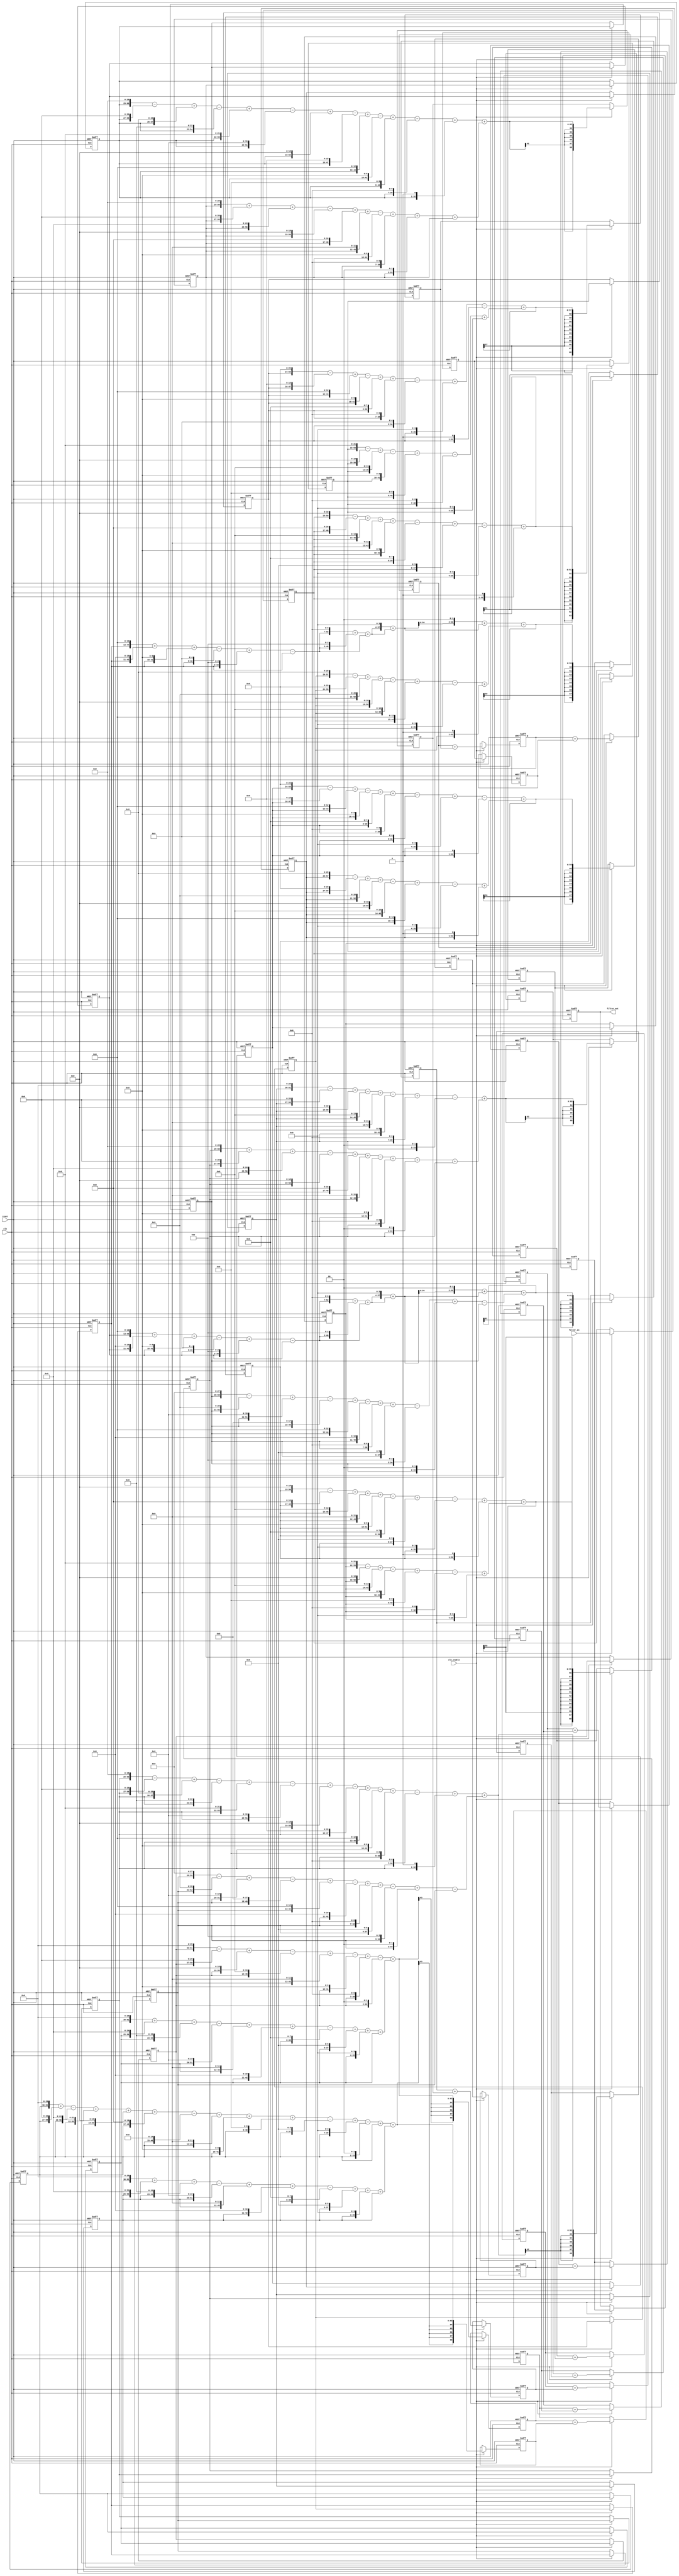
// -------------------------------------------------------------
//
// Module: fir_20_32b_fcsd
// Generated by MATLAB(R) 9.12 and Filter Design HDL Coder 3.1.11.
// Generated on: 2023-06-21 23:54:01
// -------------------------------------------------------------

// -------------------------------------------------------------
// HDL Code Generation Options:
//
// CoeffMultipliers: Factored-CSD
// FIRAdderStyle: tree
// OptimizeForHDL: on
// TargetDirectory: W:\Nikos\UTh\ \Project\FIR_20_Order\factored_csd\32b_floating_point
// AddPipelineRegisters: on
// Name: fir_20_32b_fcsd
// InputDataType: numerictype(1,32,0)
// TargetLanguage: Verilog
// TestBenchName: fir_20_32b_fcsd_tb
// TestBenchStimulus: impulse step ramp chirp noise 

// Filter Specifications:
//
// Sample Rate     : 46 kHz
// Response        : Lowpass
// Specification   : N,Fp,Fst,Ap
// Stopband Edge   : 9.6 kHz
// Filter Order    : 20
// Passband Edge   : 8 kHz
// Passband Ripple : 60 dB
// -------------------------------------------------------------

// -------------------------------------------------------------
// HDL Implementation    : Fully parallel
// Folding Factor        : 1
// -------------------------------------------------------------
// Filter Settings:
//
// Discrete-Time FIR Filter (real)
// -------------------------------
// Filter Structure  : Direct-Form FIR
// Filter Length     : 21
// Stable            : Yes
// Linear Phase      : Yes (Type 1)
// Arithmetic        : fixed
// Numerator         : s32,32 -> [-5.000000e-01 5.000000e-01)
// -------------------------------------------------------------




`timescale 1 ns / 1 ns

module fir_20_32b_fcsd
               (
                clk,
                clk_enable,
                reset,
                filter_in,
                filter_out
                );

  input   clk; 
  input   clk_enable; 
  input   reset; 
  input   signed [31:0] filter_in; //sfix32
  output  signed [68:0] filter_out; //sfix69_En32

////////////////////////////////////////////////////////////////
//Module Architecture: fir_20_32b_fcsd
////////////////////////////////////////////////////////////////
  // Local Functions
  // Type Definitions
  // Constants
  parameter signed [31:0] coeff1 = 32'h00065332; //sfix32_En32
  parameter signed [31:0] coeff2 = 32'h00383D90; //sfix32_En32
  parameter signed [31:0] coeff3 = 32'h00FF1D6E; //sfix32_En32
  parameter signed [31:0] coeff4 = 32'h0327DFF2; //sfix32_En32
  parameter signed [31:0] coeff5 = 32'h07CD0ACB; //sfix32_En32
  parameter signed [31:0] coeff6 = 32'h0FEC18BB; //sfix32_En32
  parameter signed [31:0] coeff7 = 32'h1BB71D82; //sfix32_En32
  parameter signed [31:0] coeff8 = 32'h29FA0C85; //sfix32_En32
  parameter signed [31:0] coeff9 = 32'h3807CC7C; //sfix32_En32
  parameter signed [31:0] coeff10 = 32'h42701751; //sfix32_En32
  parameter signed [31:0] coeff11 = 32'h464995CD; //sfix32_En32
  parameter signed [31:0] coeff12 = 32'h42701751; //sfix32_En32
  parameter signed [31:0] coeff13 = 32'h3807CC7C; //sfix32_En32
  parameter signed [31:0] coeff14 = 32'h29FA0C85; //sfix32_En32
  parameter signed [31:0] coeff15 = 32'h1BB71D82; //sfix32_En32
  parameter signed [31:0] coeff16 = 32'h0FEC18BB; //sfix32_En32
  parameter signed [31:0] coeff17 = 32'h07CD0ACB; //sfix32_En32
  parameter signed [31:0] coeff18 = 32'h0327DFF2; //sfix32_En32
  parameter signed [31:0] coeff19 = 32'h00FF1D6E; //sfix32_En32
  parameter signed [31:0] coeff20 = 32'h00383D90; //sfix32_En32
  parameter signed [31:0] coeff21 = 32'h00065332; //sfix32_En32

  // Signals
  reg  signed [31:0] delay_pipeline [0:20] ; // sfix32
  wire signed [63:0] product21; // sfix64_En32
  wire signed [51:0] mulcsd_temp; // sfix52_En32
  wire signed [63:0] product20; // sfix64_En32
  wire signed [54:0] mulcsd_temp_1; // sfix55_En32
  wire signed [63:0] product19; // sfix64_En32
  wire signed [56:0] mulcsd_temp_2; // sfix57_En32
  wire signed [63:0] product18; // sfix64_En32
  wire signed [58:0] mulcsd_temp_3; // sfix59_En32
  wire signed [63:0] product17; // sfix64_En32
  wire signed [45:0] factoredcsd_temp; // sfix46_En14
  wire signed [45:0] mulcsd_temp_4; // sfix46_En14
  wire signed [53:0] factoredcsd_temp_1; // sfix54_En22
  wire signed [53:0] mulcsd_temp_5; // sfix54_En22
  wire signed [58:0] factoredcsd_temp_2; // sfix59_En27
  wire signed [58:0] mulcsd_temp_6; // sfix59_En27
  wire signed [58:0] factoredcsd_temp_3; // sfix59_En30
  wire signed [61:0] mulcsd_temp_7; // sfix62_En30
  wire signed [58:0] factoredcsd_temp_4; // sfix59_En32
  wire signed [63:0] product16; // sfix64_En32
  wire signed [60:0] mulcsd_temp_8; // sfix61_En32
  wire signed [63:0] product15; // sfix64_En32
  wire signed [61:0] mulcsd_temp_9; // sfix62_En32
  wire signed [63:0] product14; // sfix64_En32
  wire signed [61:0] mulcsd_temp_10; // sfix62_En32
  wire signed [63:0] product13; // sfix64_En32
  wire signed [62:0] mulcsd_temp_11; // sfix63_En32
  wire signed [63:0] product12; // sfix64_En32
  wire signed [62:0] mulcsd_temp_12; // sfix63_En32
  wire signed [63:0] product11; // sfix64_En32
  wire signed [62:0] mulcsd_temp_13; // sfix63_En32
  wire signed [63:0] product10; // sfix64_En32
  wire signed [62:0] mulcsd_temp_14; // sfix63_En32
  wire signed [63:0] product9; // sfix64_En32
  wire signed [62:0] mulcsd_temp_15; // sfix63_En32
  wire signed [63:0] product8; // sfix64_En32
  wire signed [61:0] mulcsd_temp_16; // sfix62_En32
  wire signed [63:0] product7; // sfix64_En32
  wire signed [61:0] mulcsd_temp_17; // sfix62_En32
  wire signed [63:0] product6; // sfix64_En32
  wire signed [60:0] mulcsd_temp_18; // sfix61_En32
  wire signed [63:0] product5; // sfix64_En32
  wire signed [45:0] factoredcsd_temp_5; // sfix46_En14
  wire signed [45:0] mulcsd_temp_19; // sfix46_En14
  wire signed [53:0] factoredcsd_temp_6; // sfix54_En22
  wire signed [53:0] mulcsd_temp_20; // sfix54_En22
  wire signed [58:0] factoredcsd_temp_7; // sfix59_En27
  wire signed [58:0] mulcsd_temp_21; // sfix59_En27
  wire signed [58:0] factoredcsd_temp_8; // sfix59_En30
  wire signed [61:0] mulcsd_temp_22; // sfix62_En30
  wire signed [58:0] factoredcsd_temp_9; // sfix59_En32
  wire signed [63:0] product4; // sfix64_En32
  wire signed [58:0] mulcsd_temp_23; // sfix59_En32
  wire signed [63:0] product3; // sfix64_En32
  wire signed [56:0] mulcsd_temp_24; // sfix57_En32
  wire signed [63:0] product2; // sfix64_En32
  wire signed [54:0] mulcsd_temp_25; // sfix55_En32
  wire signed [63:0] product1; // sfix64_En32
  wire signed [51:0] mulcsd_temp_26; // sfix52_En32
  wire signed [68:0] sum_final; // sfix69_En32
  wire signed [68:0] sum1_1; // sfix69_En32
  wire signed [63:0] add_signext; // sfix64_En32
  wire signed [63:0] add_signext_1; // sfix64_En32
  wire signed [64:0] add_temp; // sfix65_En32
  reg  signed [68:0] sumpipe1_1; // sfix69_En32
  wire signed [68:0] sum1_2; // sfix69_En32
  wire signed [63:0] add_signext_2; // sfix64_En32
  wire signed [63:0] add_signext_3; // sfix64_En32
  wire signed [64:0] add_temp_1; // sfix65_En32
  reg  signed [68:0] sumpipe1_2; // sfix69_En32
  wire signed [68:0] sum1_3; // sfix69_En32
  wire signed [63:0] add_signext_4; // sfix64_En32
  wire signed [63:0] add_signext_5; // sfix64_En32
  wire signed [64:0] add_temp_2; // sfix65_En32
  reg  signed [68:0] sumpipe1_3; // sfix69_En32
  wire signed [68:0] sum1_4; // sfix69_En32
  wire signed [63:0] add_signext_6; // sfix64_En32
  wire signed [63:0] add_signext_7; // sfix64_En32
  wire signed [64:0] add_temp_3; // sfix65_En32
  reg  signed [68:0] sumpipe1_4; // sfix69_En32
  wire signed [68:0] sum1_5; // sfix69_En32
  wire signed [63:0] add_signext_8; // sfix64_En32
  wire signed [63:0] add_signext_9; // sfix64_En32
  wire signed [64:0] add_temp_4; // sfix65_En32
  reg  signed [68:0] sumpipe1_5; // sfix69_En32
  wire signed [68:0] sum1_6; // sfix69_En32
  wire signed [63:0] add_signext_10; // sfix64_En32
  wire signed [63:0] add_signext_11; // sfix64_En32
  wire signed [64:0] add_temp_5; // sfix65_En32
  reg  signed [68:0] sumpipe1_6; // sfix69_En32
  wire signed [68:0] sum1_7; // sfix69_En32
  wire signed [63:0] add_signext_12; // sfix64_En32
  wire signed [63:0] add_signext_13; // sfix64_En32
  wire signed [64:0] add_temp_6; // sfix65_En32
  reg  signed [68:0] sumpipe1_7; // sfix69_En32
  wire signed [68:0] sum1_8; // sfix69_En32
  wire signed [63:0] add_signext_14; // sfix64_En32
  wire signed [63:0] add_signext_15; // sfix64_En32
  wire signed [64:0] add_temp_7; // sfix65_En32
  reg  signed [68:0] sumpipe1_8; // sfix69_En32
  wire signed [68:0] sum1_9; // sfix69_En32
  wire signed [63:0] add_signext_16; // sfix64_En32
  wire signed [63:0] add_signext_17; // sfix64_En32
  wire signed [64:0] add_temp_8; // sfix65_En32
  reg  signed [68:0] sumpipe1_9; // sfix69_En32
  wire signed [68:0] sum1_10; // sfix69_En32
  wire signed [63:0] add_signext_18; // sfix64_En32
  wire signed [63:0] add_signext_19; // sfix64_En32
  wire signed [64:0] add_temp_9; // sfix65_En32
  reg  signed [68:0] sumpipe1_10; // sfix69_En32
  reg  signed [63:0] sumpipe1_11; // sfix64_En32
  wire signed [68:0] sum2_1; // sfix69_En32
  wire signed [68:0] add_signext_20; // sfix69_En32
  wire signed [68:0] add_signext_21; // sfix69_En32
  wire signed [69:0] add_temp_10; // sfix70_En32
  reg  signed [68:0] sumpipe2_1; // sfix69_En32
  wire signed [68:0] sum2_2; // sfix69_En32
  wire signed [68:0] add_signext_22; // sfix69_En32
  wire signed [68:0] add_signext_23; // sfix69_En32
  wire signed [69:0] add_temp_11; // sfix70_En32
  reg  signed [68:0] sumpipe2_2; // sfix69_En32
  wire signed [68:0] sum2_3; // sfix69_En32
  wire signed [68:0] add_signext_24; // sfix69_En32
  wire signed [68:0] add_signext_25; // sfix69_En32
  wire signed [69:0] add_temp_12; // sfix70_En32
  reg  signed [68:0] sumpipe2_3; // sfix69_En32
  wire signed [68:0] sum2_4; // sfix69_En32
  wire signed [68:0] add_signext_26; // sfix69_En32
  wire signed [68:0] add_signext_27; // sfix69_En32
  wire signed [69:0] add_temp_13; // sfix70_En32
  reg  signed [68:0] sumpipe2_4; // sfix69_En32
  wire signed [68:0] sum2_5; // sfix69_En32
  wire signed [68:0] add_signext_28; // sfix69_En32
  wire signed [68:0] add_signext_29; // sfix69_En32
  wire signed [69:0] add_temp_14; // sfix70_En32
  reg  signed [68:0] sumpipe2_5; // sfix69_En32
  reg  signed [63:0] sumpipe2_6; // sfix64_En32
  wire signed [68:0] sum3_1; // sfix69_En32
  wire signed [68:0] add_signext_30; // sfix69_En32
  wire signed [68:0] add_signext_31; // sfix69_En32
  wire signed [69:0] add_temp_15; // sfix70_En32
  reg  signed [68:0] sumpipe3_1; // sfix69_En32
  wire signed [68:0] sum3_2; // sfix69_En32
  wire signed [68:0] add_signext_32; // sfix69_En32
  wire signed [68:0] add_signext_33; // sfix69_En32
  wire signed [69:0] add_temp_16; // sfix70_En32
  reg  signed [68:0] sumpipe3_2; // sfix69_En32
  wire signed [68:0] sum3_3; // sfix69_En32
  wire signed [68:0] add_signext_34; // sfix69_En32
  wire signed [68:0] add_signext_35; // sfix69_En32
  wire signed [69:0] add_temp_17; // sfix70_En32
  reg  signed [68:0] sumpipe3_3; // sfix69_En32
  wire signed [68:0] sum4_1; // sfix69_En32
  wire signed [68:0] add_signext_36; // sfix69_En32
  wire signed [68:0] add_signext_37; // sfix69_En32
  wire signed [69:0] add_temp_18; // sfix70_En32
  reg  signed [68:0] sumpipe4_1; // sfix69_En32
  reg  signed [68:0] sumpipe4_2; // sfix69_En32
  wire signed [68:0] sum5_1; // sfix69_En32
  wire signed [68:0] add_signext_38; // sfix69_En32
  wire signed [68:0] add_signext_39; // sfix69_En32
  wire signed [69:0] add_temp_19; // sfix70_En32
  reg  signed [68:0] sumpipe5_1; // sfix69_En32
  reg  signed [68:0] output_register; // sfix69_En32

  // Block Statements
  always @( posedge clk or posedge reset)
    begin: Delay_Pipeline_process
      if (reset == 1'b1) begin
        delay_pipeline[0] <= 0;
        delay_pipeline[1] <= 0;
        delay_pipeline[2] <= 0;
        delay_pipeline[3] <= 0;
        delay_pipeline[4] <= 0;
        delay_pipeline[5] <= 0;
        delay_pipeline[6] <= 0;
        delay_pipeline[7] <= 0;
        delay_pipeline[8] <= 0;
        delay_pipeline[9] <= 0;
        delay_pipeline[10] <= 0;
        delay_pipeline[11] <= 0;
        delay_pipeline[12] <= 0;
        delay_pipeline[13] <= 0;
        delay_pipeline[14] <= 0;
        delay_pipeline[15] <= 0;
        delay_pipeline[16] <= 0;
        delay_pipeline[17] <= 0;
        delay_pipeline[18] <= 0;
        delay_pipeline[19] <= 0;
        delay_pipeline[20] <= 0;
      end
      else begin
        if (clk_enable == 1'b1) begin
          delay_pipeline[0] <= filter_in;
          delay_pipeline[1] <= delay_pipeline[0];
          delay_pipeline[2] <= delay_pipeline[1];
          delay_pipeline[3] <= delay_pipeline[2];
          delay_pipeline[4] <= delay_pipeline[3];
          delay_pipeline[5] <= delay_pipeline[4];
          delay_pipeline[6] <= delay_pipeline[5];
          delay_pipeline[7] <= delay_pipeline[6];
          delay_pipeline[8] <= delay_pipeline[7];
          delay_pipeline[9] <= delay_pipeline[8];
          delay_pipeline[10] <= delay_pipeline[9];
          delay_pipeline[11] <= delay_pipeline[10];
          delay_pipeline[12] <= delay_pipeline[11];
          delay_pipeline[13] <= delay_pipeline[12];
          delay_pipeline[14] <= delay_pipeline[13];
          delay_pipeline[15] <= delay_pipeline[14];
          delay_pipeline[16] <= delay_pipeline[15];
          delay_pipeline[17] <= delay_pipeline[16];
          delay_pipeline[18] <= delay_pipeline[17];
          delay_pipeline[19] <= delay_pipeline[18];
          delay_pipeline[20] <= delay_pipeline[19];
        end
      end
    end // Delay_Pipeline_process


// For FCSD of 414514, optimizing to CSD due to lower cost
  assign mulcsd_temp = 
        $signed({delay_pipeline[20], 19'b0000000000000000000}) -
        $signed({delay_pipeline[20], 17'b00000000000000000}) +
        $signed({delay_pipeline[20], 14'b00000000000000}) +
        $signed({delay_pipeline[20], 12'b000000000000}) +
        $signed({delay_pipeline[20], 10'b0000000000}) -
        $signed({delay_pipeline[20], 8'b00000000}) +
        $signed({delay_pipeline[20], 6'b000000}) -
        $signed({delay_pipeline[20], 4'b0000}) +
        $signed({delay_pipeline[20], 1'b0});
  assign product21 = $signed({{12{mulcsd_temp[51]}}, mulcsd_temp});

// For FCSD of 3685776, optimizing to CSD due to lower cost
  assign mulcsd_temp_1 = 
        $signed({delay_pipeline[19], 22'b0000000000000000000000}) -
        $signed({delay_pipeline[19], 19'b0000000000000000000}) +
        $signed({delay_pipeline[19], 14'b00000000000000}) -
        $signed({delay_pipeline[19], 10'b0000000000}) +
        $signed({delay_pipeline[19], 9'b000000000}) -
        $signed({delay_pipeline[19], 7'b0000000}) +
        $signed({delay_pipeline[19], 4'b0000});
  assign product20 = $signed({{9{mulcsd_temp_1[54]}}, mulcsd_temp_1});

// For FCSD of 16719214, optimizing to CSD due to lower cost
  assign mulcsd_temp_2 = 
        $signed({delay_pipeline[18], 24'b000000000000000000000000}) -
        $signed({delay_pipeline[18], 16'b0000000000000000}) +
        $signed({delay_pipeline[18], 13'b0000000000000}) -
        $signed({delay_pipeline[18], 10'b0000000000}) +
        $signed({delay_pipeline[18], 8'b00000000}) +
        $signed({delay_pipeline[18], 7'b0000000}) -
        $signed({delay_pipeline[18], 5'b00000}) +
        $signed({delay_pipeline[18], 4'b0000}) -
        $signed({delay_pipeline[18], 1'b0});
  assign product19 = $signed({{7{mulcsd_temp_2[56]}}, mulcsd_temp_2});

// For FCSD of 52944882, optimizing to CSD due to lower cost
  assign mulcsd_temp_3 = 
        $signed({delay_pipeline[17], 26'b00000000000000000000000000}) -
        $signed({delay_pipeline[17], 24'b000000000000000000000000}) +
        $signed({delay_pipeline[17], 21'b000000000000000000000}) +
        $signed({delay_pipeline[17], 19'b0000000000000000000}) -
        $signed({delay_pipeline[17], 14'b00000000000000}) +
        $signed({delay_pipeline[17], 13'b0000000000000}) -
        $signed({delay_pipeline[17], 4'b0000}) +
        $signed({delay_pipeline[17], 1'b0});
  assign product18 = $signed({{5{mulcsd_temp_3[58]}}, mulcsd_temp_3});

// For FCSD of 130878155, using factorization: 11239 137 17 5 
// 
  assign mulcsd_temp_4 = 
        $signed({delay_pipeline[16], 13'b0000000000000}) +
        $signed({delay_pipeline[16], 11'b00000000000}) +
        $signed({delay_pipeline[16], 10'b0000000000}) -
        $signed({delay_pipeline[16], 5'b00000}) +
        $signed({delay_pipeline[16], 3'b000}) -
        delay_pipeline[16];
  assign factoredcsd_temp = mulcsd_temp_4;

  assign mulcsd_temp_5 = 
        $signed({factoredcsd_temp, 7'b0000000}) +
        $signed({factoredcsd_temp, 3'b000}) +
        factoredcsd_temp;
  assign factoredcsd_temp_1 = mulcsd_temp_5;

  assign mulcsd_temp_6 = 
        $signed({factoredcsd_temp_1, 4'b0000}) +
        factoredcsd_temp_1;
  assign factoredcsd_temp_2 = mulcsd_temp_6;

  assign mulcsd_temp_7 = 
        $signed({factoredcsd_temp_2, 2'b00}) +
        factoredcsd_temp_2;
  assign factoredcsd_temp_3 = mulcsd_temp_7[58:0];

  assign factoredcsd_temp_4 = factoredcsd_temp_3;

  assign product17 = $signed({{5{factoredcsd_temp_4[58]}}, factoredcsd_temp_4});

// For FCSD of 267131067, optimizing to CSD due to lower cost
  assign mulcsd_temp_8 = 
        $signed({delay_pipeline[15], 28'b0000000000000000000000000000}) -
        $signed({delay_pipeline[15], 21'b000000000000000000000}) +
        $signed({delay_pipeline[15], 20'b00000000000000000000}) -
        $signed({delay_pipeline[15], 18'b000000000000000000}) +
        $signed({delay_pipeline[15], 13'b0000000000000}) -
        $signed({delay_pipeline[15], 11'b00000000000}) +
        $signed({delay_pipeline[15], 7'b0000000}) +
        $signed({delay_pipeline[15], 6'b000000}) -
        $signed({delay_pipeline[15], 3'b000}) +
        $signed({delay_pipeline[15], 2'b00}) -
        delay_pipeline[15];
  assign product16 = $signed({{3{mulcsd_temp_8[60]}}, mulcsd_temp_8});

// For FCSD of 464985474, optimizing to CSD due to lower cost
  assign mulcsd_temp_9 = 
        $signed({delay_pipeline[14], 29'b00000000000000000000000000000}) -
        $signed({delay_pipeline[14], 27'b000000000000000000000000000}) +
        $signed({delay_pipeline[14], 26'b00000000000000000000000000}) -
        $signed({delay_pipeline[14], 23'b00000000000000000000000}) +
        $signed({delay_pipeline[14], 22'b0000000000000000000000}) -
        $signed({delay_pipeline[14], 20'b00000000000000000000}) +
        $signed({delay_pipeline[14], 19'b0000000000000000000}) -
        $signed({delay_pipeline[14], 16'b0000000000000000}) +
        $signed({delay_pipeline[14], 13'b0000000000000}) -
        $signed({delay_pipeline[14], 10'b0000000000}) +
        $signed({delay_pipeline[14], 9'b000000000}) -
        $signed({delay_pipeline[14], 7'b0000000}) +
        $signed({delay_pipeline[14], 1'b0});
  assign product15 = $signed({{2{mulcsd_temp_9[61]}}, mulcsd_temp_9});

// For FCSD of 704253061, optimizing to CSD due to lower cost
  assign mulcsd_temp_10 = 
        $signed({delay_pipeline[13], 29'b00000000000000000000000000000}) +
        $signed({delay_pipeline[13], 27'b000000000000000000000000000}) +
        $signed({delay_pipeline[13], 25'b0000000000000000000000000}) -
        $signed({delay_pipeline[13], 19'b0000000000000000000}) +
        $signed({delay_pipeline[13], 17'b00000000000000000}) +
        $signed({delay_pipeline[13], 12'b000000000000}) -
        $signed({delay_pipeline[13], 10'b0000000000}) +
        $signed({delay_pipeline[13], 7'b0000000}) +
        $signed({delay_pipeline[13], 2'b00}) +
        delay_pipeline[13];
  assign product14 = $signed({{2{mulcsd_temp_10[61]}}, mulcsd_temp_10});

// For FCSD of 940035196, optimizing to CSD due to lower cost
  assign mulcsd_temp_11 = 
        $signed({delay_pipeline[12], 30'b000000000000000000000000000000}) -
        $signed({delay_pipeline[12], 27'b000000000000000000000000000}) +
        $signed({delay_pipeline[12], 19'b0000000000000000000}) -
        $signed({delay_pipeline[12], 14'b00000000000000}) +
        $signed({delay_pipeline[12], 12'b000000000000}) -
        $signed({delay_pipeline[12], 10'b0000000000}) +
        $signed({delay_pipeline[12], 7'b0000000}) -
        $signed({delay_pipeline[12], 2'b00});
  assign product13 = $signed({{1{mulcsd_temp_11[62]}}, mulcsd_temp_11});

// For FCSD of 1114642257, optimizing to CSD due to lower cost
  assign mulcsd_temp_12 = 
        $signed({delay_pipeline[11], 30'b000000000000000000000000000000}) +
        $signed({delay_pipeline[11], 25'b0000000000000000000000000}) +
        $signed({delay_pipeline[11], 23'b00000000000000000000000}) -
        $signed({delay_pipeline[11], 20'b00000000000000000000}) +
        $signed({delay_pipeline[11], 12'b000000000000}) +
        $signed({delay_pipeline[11], 11'b00000000000}) -
        $signed({delay_pipeline[11], 8'b00000000}) +
        $signed({delay_pipeline[11], 6'b000000}) +
        $signed({delay_pipeline[11], 4'b0000}) +
        delay_pipeline[11];
  assign product12 = $signed({{1{mulcsd_temp_12[62]}}, mulcsd_temp_12});

// For FCSD of 1179227597, optimizing to CSD due to lower cost
  assign mulcsd_temp_13 = 
        $signed({delay_pipeline[10], 30'b000000000000000000000000000000}) +
        $signed({delay_pipeline[10], 27'b000000000000000000000000000}) -
        $signed({delay_pipeline[10], 25'b0000000000000000000000000}) +
        $signed({delay_pipeline[10], 22'b0000000000000000000000}) +
        $signed({delay_pipeline[10], 19'b0000000000000000000}) +
        $signed({delay_pipeline[10], 17'b00000000000000000}) -
        $signed({delay_pipeline[10], 15'b000000000000000}) +
        $signed({delay_pipeline[10], 12'b000000000000}) +
        $signed({delay_pipeline[10], 10'b0000000000}) +
        $signed({delay_pipeline[10], 9'b000000000}) -
        $signed({delay_pipeline[10], 6'b000000}) +
        $signed({delay_pipeline[10], 4'b0000}) -
        $signed({delay_pipeline[10], 2'b00}) +
        delay_pipeline[10];
  assign product11 = $signed({{1{mulcsd_temp_13[62]}}, mulcsd_temp_13});

// For FCSD of 1114642257, optimizing to CSD due to lower cost
  assign mulcsd_temp_14 = 
        $signed({delay_pipeline[9], 30'b000000000000000000000000000000}) +
        $signed({delay_pipeline[9], 25'b0000000000000000000000000}) +
        $signed({delay_pipeline[9], 23'b00000000000000000000000}) -
        $signed({delay_pipeline[9], 20'b00000000000000000000}) +
        $signed({delay_pipeline[9], 12'b000000000000}) +
        $signed({delay_pipeline[9], 11'b00000000000}) -
        $signed({delay_pipeline[9], 8'b00000000}) +
        $signed({delay_pipeline[9], 6'b000000}) +
        $signed({delay_pipeline[9], 4'b0000}) +
        delay_pipeline[9];
  assign product10 = $signed({{1{mulcsd_temp_14[62]}}, mulcsd_temp_14});

// For FCSD of 940035196, optimizing to CSD due to lower cost
  assign mulcsd_temp_15 = 
        $signed({delay_pipeline[8], 30'b000000000000000000000000000000}) -
        $signed({delay_pipeline[8], 27'b000000000000000000000000000}) +
        $signed({delay_pipeline[8], 19'b0000000000000000000}) -
        $signed({delay_pipeline[8], 14'b00000000000000}) +
        $signed({delay_pipeline[8], 12'b000000000000}) -
        $signed({delay_pipeline[8], 10'b0000000000}) +
        $signed({delay_pipeline[8], 7'b0000000}) -
        $signed({delay_pipeline[8], 2'b00});
  assign product9 = $signed({{1{mulcsd_temp_15[62]}}, mulcsd_temp_15});

// For FCSD of 704253061, optimizing to CSD due to lower cost
  assign mulcsd_temp_16 = 
        $signed({delay_pipeline[7], 29'b00000000000000000000000000000}) +
        $signed({delay_pipeline[7], 27'b000000000000000000000000000}) +
        $signed({delay_pipeline[7], 25'b0000000000000000000000000}) -
        $signed({delay_pipeline[7], 19'b0000000000000000000}) +
        $signed({delay_pipeline[7], 17'b00000000000000000}) +
        $signed({delay_pipeline[7], 12'b000000000000}) -
        $signed({delay_pipeline[7], 10'b0000000000}) +
        $signed({delay_pipeline[7], 7'b0000000}) +
        $signed({delay_pipeline[7], 2'b00}) +
        delay_pipeline[7];
  assign product8 = $signed({{2{mulcsd_temp_16[61]}}, mulcsd_temp_16});

// For FCSD of 464985474, optimizing to CSD due to lower cost
  assign mulcsd_temp_17 = 
        $signed({delay_pipeline[6], 29'b00000000000000000000000000000}) -
        $signed({delay_pipeline[6], 27'b000000000000000000000000000}) +
        $signed({delay_pipeline[6], 26'b00000000000000000000000000}) -
        $signed({delay_pipeline[6], 23'b00000000000000000000000}) +
        $signed({delay_pipeline[6], 22'b0000000000000000000000}) -
        $signed({delay_pipeline[6], 20'b00000000000000000000}) +
        $signed({delay_pipeline[6], 19'b0000000000000000000}) -
        $signed({delay_pipeline[6], 16'b0000000000000000}) +
        $signed({delay_pipeline[6], 13'b0000000000000}) -
        $signed({delay_pipeline[6], 10'b0000000000}) +
        $signed({delay_pipeline[6], 9'b000000000}) -
        $signed({delay_pipeline[6], 7'b0000000}) +
        $signed({delay_pipeline[6], 1'b0});
  assign product7 = $signed({{2{mulcsd_temp_17[61]}}, mulcsd_temp_17});

// For FCSD of 267131067, optimizing to CSD due to lower cost
  assign mulcsd_temp_18 = 
        $signed({delay_pipeline[5], 28'b0000000000000000000000000000}) -
        $signed({delay_pipeline[5], 21'b000000000000000000000}) +
        $signed({delay_pipeline[5], 20'b00000000000000000000}) -
        $signed({delay_pipeline[5], 18'b000000000000000000}) +
        $signed({delay_pipeline[5], 13'b0000000000000}) -
        $signed({delay_pipeline[5], 11'b00000000000}) +
        $signed({delay_pipeline[5], 7'b0000000}) +
        $signed({delay_pipeline[5], 6'b000000}) -
        $signed({delay_pipeline[5], 3'b000}) +
        $signed({delay_pipeline[5], 2'b00}) -
        delay_pipeline[5];
  assign product6 = $signed({{3{mulcsd_temp_18[60]}}, mulcsd_temp_18});

// For FCSD of 130878155, using factorization: 11239 137 17 5 
// 
  assign mulcsd_temp_19 = 
        $signed({delay_pipeline[4], 13'b0000000000000}) +
        $signed({delay_pipeline[4], 11'b00000000000}) +
        $signed({delay_pipeline[4], 10'b0000000000}) -
        $signed({delay_pipeline[4], 5'b00000}) +
        $signed({delay_pipeline[4], 3'b000}) -
        delay_pipeline[4];
  assign factoredcsd_temp_5 = mulcsd_temp_19;

  assign mulcsd_temp_20 = 
        $signed({factoredcsd_temp_5, 7'b0000000}) +
        $signed({factoredcsd_temp_5, 3'b000}) +
        factoredcsd_temp_5;
  assign factoredcsd_temp_6 = mulcsd_temp_20;

  assign mulcsd_temp_21 = 
        $signed({factoredcsd_temp_6, 4'b0000}) +
        factoredcsd_temp_6;
  assign factoredcsd_temp_7 = mulcsd_temp_21;

  assign mulcsd_temp_22 = 
        $signed({factoredcsd_temp_7, 2'b00}) +
        factoredcsd_temp_7;
  assign factoredcsd_temp_8 = mulcsd_temp_22[58:0];

  assign factoredcsd_temp_9 = factoredcsd_temp_8;

  assign product5 = $signed({{5{factoredcsd_temp_9[58]}}, factoredcsd_temp_9});

// For FCSD of 52944882, optimizing to CSD due to lower cost
  assign mulcsd_temp_23 = 
        $signed({delay_pipeline[3], 26'b00000000000000000000000000}) -
        $signed({delay_pipeline[3], 24'b000000000000000000000000}) +
        $signed({delay_pipeline[3], 21'b000000000000000000000}) +
        $signed({delay_pipeline[3], 19'b0000000000000000000}) -
        $signed({delay_pipeline[3], 14'b00000000000000}) +
        $signed({delay_pipeline[3], 13'b0000000000000}) -
        $signed({delay_pipeline[3], 4'b0000}) +
        $signed({delay_pipeline[3], 1'b0});
  assign product4 = $signed({{5{mulcsd_temp_23[58]}}, mulcsd_temp_23});

// For FCSD of 16719214, optimizing to CSD due to lower cost
  assign mulcsd_temp_24 = 
        $signed({delay_pipeline[2], 24'b000000000000000000000000}) -
        $signed({delay_pipeline[2], 16'b0000000000000000}) +
        $signed({delay_pipeline[2], 13'b0000000000000}) -
        $signed({delay_pipeline[2], 10'b0000000000}) +
        $signed({delay_pipeline[2], 8'b00000000}) +
        $signed({delay_pipeline[2], 7'b0000000}) -
        $signed({delay_pipeline[2], 5'b00000}) +
        $signed({delay_pipeline[2], 4'b0000}) -
        $signed({delay_pipeline[2], 1'b0});
  assign product3 = $signed({{7{mulcsd_temp_24[56]}}, mulcsd_temp_24});

// For FCSD of 3685776, optimizing to CSD due to lower cost
  assign mulcsd_temp_25 = 
        $signed({delay_pipeline[1], 22'b0000000000000000000000}) -
        $signed({delay_pipeline[1], 19'b0000000000000000000}) +
        $signed({delay_pipeline[1], 14'b00000000000000}) -
        $signed({delay_pipeline[1], 10'b0000000000}) +
        $signed({delay_pipeline[1], 9'b000000000}) -
        $signed({delay_pipeline[1], 7'b0000000}) +
        $signed({delay_pipeline[1], 4'b0000});
  assign product2 = $signed({{9{mulcsd_temp_25[54]}}, mulcsd_temp_25});

// For FCSD of 414514, optimizing to CSD due to lower cost
  assign mulcsd_temp_26 = 
        $signed({delay_pipeline[0], 19'b0000000000000000000}) -
        $signed({delay_pipeline[0], 17'b00000000000000000}) +
        $signed({delay_pipeline[0], 14'b00000000000000}) +
        $signed({delay_pipeline[0], 12'b000000000000}) +
        $signed({delay_pipeline[0], 10'b0000000000}) -
        $signed({delay_pipeline[0], 8'b00000000}) +
        $signed({delay_pipeline[0], 6'b000000}) -
        $signed({delay_pipeline[0], 4'b0000}) +
        $signed({delay_pipeline[0], 1'b0});
  assign product1 = $signed({{12{mulcsd_temp_26[51]}}, mulcsd_temp_26});

  assign add_signext = product21;
  assign add_signext_1 = product20;
  assign add_temp = add_signext + add_signext_1;
  assign sum1_1 = $signed({{4{add_temp[64]}}, add_temp});

  assign add_signext_2 = product19;
  assign add_signext_3 = product18;
  assign add_temp_1 = add_signext_2 + add_signext_3;
  assign sum1_2 = $signed({{4{add_temp_1[64]}}, add_temp_1});

  assign add_signext_4 = product17;
  assign add_signext_5 = product16;
  assign add_temp_2 = add_signext_4 + add_signext_5;
  assign sum1_3 = $signed({{4{add_temp_2[64]}}, add_temp_2});

  assign add_signext_6 = product15;
  assign add_signext_7 = product14;
  assign add_temp_3 = add_signext_6 + add_signext_7;
  assign sum1_4 = $signed({{4{add_temp_3[64]}}, add_temp_3});

  assign add_signext_8 = product13;
  assign add_signext_9 = product12;
  assign add_temp_4 = add_signext_8 + add_signext_9;
  assign sum1_5 = $signed({{4{add_temp_4[64]}}, add_temp_4});

  assign add_signext_10 = product11;
  assign add_signext_11 = product10;
  assign add_temp_5 = add_signext_10 + add_signext_11;
  assign sum1_6 = $signed({{4{add_temp_5[64]}}, add_temp_5});

  assign add_signext_12 = product9;
  assign add_signext_13 = product8;
  assign add_temp_6 = add_signext_12 + add_signext_13;
  assign sum1_7 = $signed({{4{add_temp_6[64]}}, add_temp_6});

  assign add_signext_14 = product7;
  assign add_signext_15 = product6;
  assign add_temp_7 = add_signext_14 + add_signext_15;
  assign sum1_8 = $signed({{4{add_temp_7[64]}}, add_temp_7});

  assign add_signext_16 = product5;
  assign add_signext_17 = product4;
  assign add_temp_8 = add_signext_16 + add_signext_17;
  assign sum1_9 = $signed({{4{add_temp_8[64]}}, add_temp_8});

  assign add_signext_18 = product3;
  assign add_signext_19 = product2;
  assign add_temp_9 = add_signext_18 + add_signext_19;
  assign sum1_10 = $signed({{4{add_temp_9[64]}}, add_temp_9});

  always @ (posedge clk or posedge reset)
    begin: temp_process1
      if (reset == 1'b1) begin
        sumpipe1_1 <= 0;
        sumpipe1_2 <= 0;
        sumpipe1_3 <= 0;
        sumpipe1_4 <= 0;
        sumpipe1_5 <= 0;
        sumpipe1_6 <= 0;
        sumpipe1_7 <= 0;
        sumpipe1_8 <= 0;
        sumpipe1_9 <= 0;
        sumpipe1_10 <= 0;
        sumpipe1_11 <= 0;
      end
      else begin
        if (clk_enable == 1'b1) begin
          sumpipe1_1 <= sum1_1;
          sumpipe1_2 <= sum1_2;
          sumpipe1_3 <= sum1_3;
          sumpipe1_4 <= sum1_4;
          sumpipe1_5 <= sum1_5;
          sumpipe1_6 <= sum1_6;
          sumpipe1_7 <= sum1_7;
          sumpipe1_8 <= sum1_8;
          sumpipe1_9 <= sum1_9;
          sumpipe1_10 <= sum1_10;
          sumpipe1_11 <= product1;
        end
      end
    end // temp_process1

  assign add_signext_20 = sumpipe1_1;
  assign add_signext_21 = sumpipe1_2;
  assign add_temp_10 = add_signext_20 + add_signext_21;
  assign sum2_1 = add_temp_10[68:0];

  assign add_signext_22 = sumpipe1_3;
  assign add_signext_23 = sumpipe1_4;
  assign add_temp_11 = add_signext_22 + add_signext_23;
  assign sum2_2 = add_temp_11[68:0];

  assign add_signext_24 = sumpipe1_5;
  assign add_signext_25 = sumpipe1_6;
  assign add_temp_12 = add_signext_24 + add_signext_25;
  assign sum2_3 = add_temp_12[68:0];

  assign add_signext_26 = sumpipe1_7;
  assign add_signext_27 = sumpipe1_8;
  assign add_temp_13 = add_signext_26 + add_signext_27;
  assign sum2_4 = add_temp_13[68:0];

  assign add_signext_28 = sumpipe1_9;
  assign add_signext_29 = sumpipe1_10;
  assign add_temp_14 = add_signext_28 + add_signext_29;
  assign sum2_5 = add_temp_14[68:0];

  always @ (posedge clk or posedge reset)
    begin: temp_process2
      if (reset == 1'b1) begin
        sumpipe2_1 <= 0;
        sumpipe2_2 <= 0;
        sumpipe2_3 <= 0;
        sumpipe2_4 <= 0;
        sumpipe2_5 <= 0;
        sumpipe2_6 <= 0;
      end
      else begin
        if (clk_enable == 1'b1) begin
          sumpipe2_1 <= sum2_1;
          sumpipe2_2 <= sum2_2;
          sumpipe2_3 <= sum2_3;
          sumpipe2_4 <= sum2_4;
          sumpipe2_5 <= sum2_5;
          sumpipe2_6 <= sumpipe1_11;
        end
      end
    end // temp_process2

  assign add_signext_30 = sumpipe2_1;
  assign add_signext_31 = sumpipe2_2;
  assign add_temp_15 = add_signext_30 + add_signext_31;
  assign sum3_1 = add_temp_15[68:0];

  assign add_signext_32 = sumpipe2_3;
  assign add_signext_33 = sumpipe2_4;
  assign add_temp_16 = add_signext_32 + add_signext_33;
  assign sum3_2 = add_temp_16[68:0];

  assign add_signext_34 = sumpipe2_5;
  assign add_signext_35 = $signed({{5{sumpipe2_6[63]}}, sumpipe2_6});
  assign add_temp_17 = add_signext_34 + add_signext_35;
  assign sum3_3 = add_temp_17[68:0];

  always @ (posedge clk or posedge reset)
    begin: temp_process3
      if (reset == 1'b1) begin
        sumpipe3_1 <= 0;
        sumpipe3_2 <= 0;
        sumpipe3_3 <= 0;
      end
      else begin
        if (clk_enable == 1'b1) begin
          sumpipe3_1 <= sum3_1;
          sumpipe3_2 <= sum3_2;
          sumpipe3_3 <= sum3_3;
        end
      end
    end // temp_process3

  assign add_signext_36 = sumpipe3_1;
  assign add_signext_37 = sumpipe3_2;
  assign add_temp_18 = add_signext_36 + add_signext_37;
  assign sum4_1 = add_temp_18[68:0];

  always @ (posedge clk or posedge reset)
    begin: temp_process4
      if (reset == 1'b1) begin
        sumpipe4_1 <= 0;
        sumpipe4_2 <= 0;
      end
      else begin
        if (clk_enable == 1'b1) begin
          sumpipe4_1 <= sum4_1;
          sumpipe4_2 <= sumpipe3_3;
        end
      end
    end // temp_process4

  assign add_signext_38 = sumpipe4_1;
  assign add_signext_39 = sumpipe4_2;
  assign add_temp_19 = add_signext_38 + add_signext_39;
  assign sum5_1 = add_temp_19[68:0];

  always @ (posedge clk or posedge reset)
    begin: temp_process5
      if (reset == 1'b1) begin
        sumpipe5_1 <= 0;
      end
      else begin
        if (clk_enable == 1'b1) begin
          sumpipe5_1 <= sum5_1;
        end
      end
    end // temp_process5

  assign sum_final = sumpipe5_1;

  always @ (posedge clk or posedge reset)
    begin: Output_Register_process
      if (reset == 1'b1) begin
        output_register <= 0;
      end
      else begin
        if (clk_enable == 1'b1) begin
          output_register <= sum_final;
        end
      end
    end // Output_Register_process

  // Assignment Statements
  assign filter_out = output_register;
endmodule  // fir_20_32b_fcsd